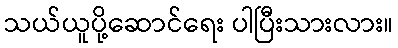
သယ်ယူပို့ဆောင်ရေး ပါပြီးသားလား။